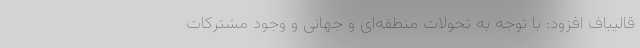
قالیباف افزود: با توجه به تحولات منطقه‌ای و جهانی و وجود مشترکات